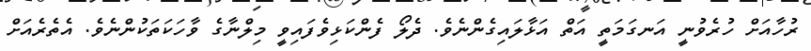
ރުހާއަށް ހުރެވުނީ އަނގަމަތީ އަތް އަޅާލައިގެންނެވެ. ދެލޯ ފެންކަޅިވެފައިވީ މިލްނާގެ ވާހަކަތަކުންނެވެ. އެތެރެއަށް